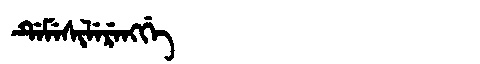
Manchu: ᡩᡝᠮᡝᠰᡳᠯᡝᡵᡝᠩᡤᡝ
Romanization: DEMESILERENGGE